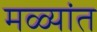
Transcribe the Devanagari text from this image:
मळ्यांत